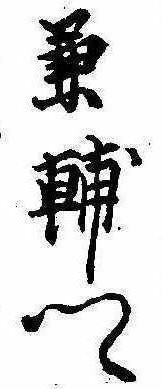
兼輔卿